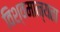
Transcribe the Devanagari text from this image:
विश्वमान्यता